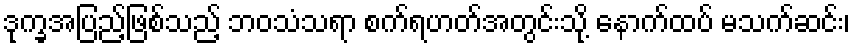
ဒုက္ခအပြည့်ဖြစ်သည့် ဘဝသံသရာ စက်ရဟတ်အတွင်းသို့ နောက်ထပ် မသက်ဆင်း၊